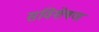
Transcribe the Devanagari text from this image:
सविशेषण